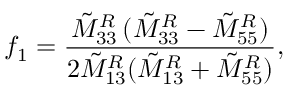
f _ { 1 } = \frac { \tilde { M } _ { 3 3 } ^ { R } \, ( \tilde { M } _ { 3 3 } ^ { R } - \tilde { M } _ { 5 5 } ^ { R } ) } { 2 \tilde { M } _ { 1 3 } ^ { R } ( \tilde { M } _ { 1 3 } ^ { R } + \tilde { M } _ { 5 5 } ^ { R } ) } ,